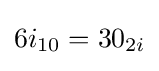
{\begin{aligned}6i_{10}=30_{2i}\end{aligned}}